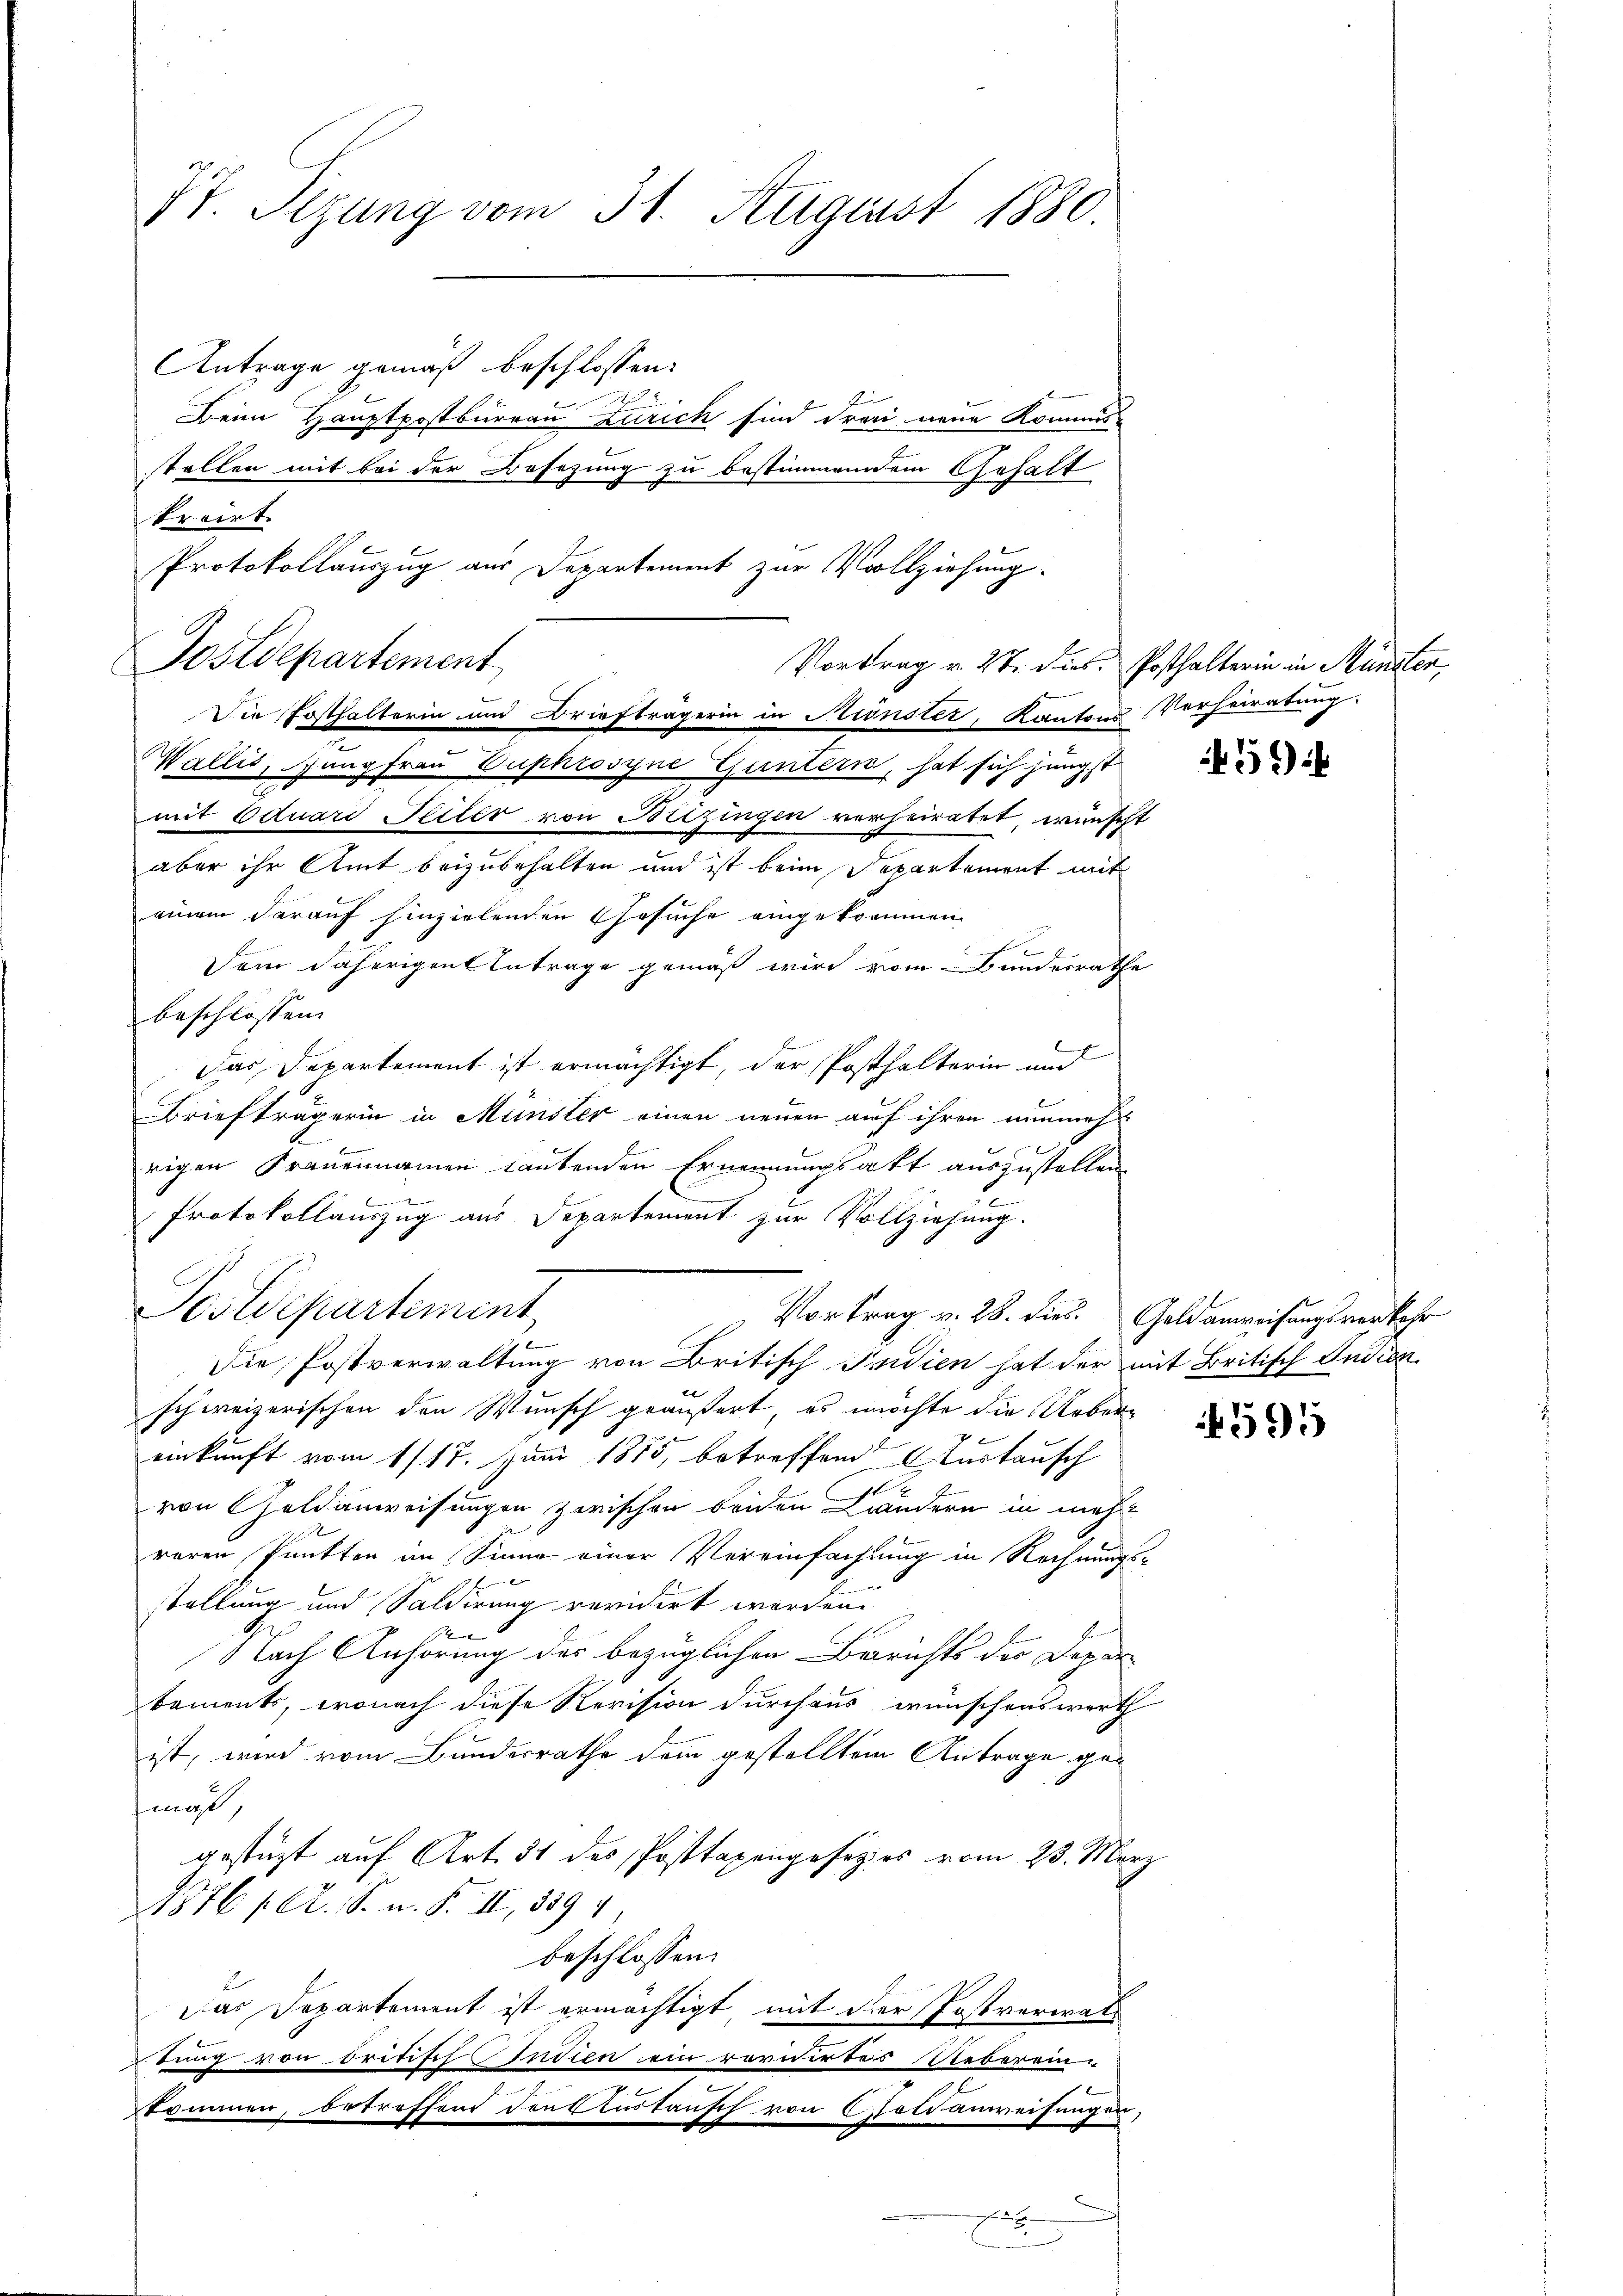
St. Sizung vom 31. August 1880.

Antrage gemäß beschlossen:

Beim Hauptpostbureau Zürich sind drei neue Kommis-
tollen mit bei der Besezung zu bestimmendem Gehalt
Wallis, Gangfrau Euphrosyne Guntern, hat sich jüngst
mit Eduard Seiter von Bitzingen verheiratet, wünscht
aber ihr Amt beizubehalten und ist beim Separtement mit
einem darauf hinzielenden Gesuche eingekommen.
Dem daherigen Antrage gemäß wird vom Bundesrathe
beschlossen:
Das Departement ist ermächtigt, der Posthalterin und
Briefträgerin in Münster einen neuen auf ihren nunmehr
rigen Frauennamen lautenden Ernennungsakt auszustellen.

Protokollauszug aus Departement zur Vollziehung.
Postdepartement
Vortrag v. 28. dies. Geldanweisungsverkehr
Die Postverwaltung von Britisch Pudien hat der mit Britisch Indien
schweizerischen den Wunsch geäußert, es möchte die Uebereinkunft vom 1/17. Juni 1875, betreffend Curtausch
von Geldanweisungen zwischen beiden Ländern in mehr
roren Punkten im Sinne einer Vereinfachtung in Rechnungs-
2
stellung und Saldirung revidirt worden.
d
1
Nach Anhörung des bezüglichen Berichts der Deparbement, wonach diese Revision durchaus wünschenswerth
ist, wird vom Bundesrathe dem gestelltem Antrage gemäß,
gestüzt auf Art. 51 des Posttaxengesetzes vom 23. März
1876 f. A. S. n. F. II., 389 4
beschlossen:
Das Departement ist ermächtigt mit der Postverwal-
tung von Oritisis Indien ein rovisirtes Reberein-
e
kommen, betreffend dort zustausch von Feldanweisungen,

kroirt.
Protokollauszug aus Departement zur Vollziehung.
Postdepartement
Die Posthalterin und Briefträgerin in Kronster, Kantons Verheiratung.

b
A

Vortrag v. 27. dies Posthalterin in Münster,

59

4395